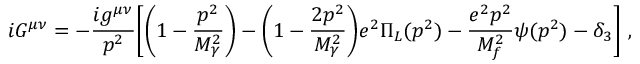
i G ^ { \mu \nu } = - \frac { i g ^ { \mu \nu } } { p ^ { 2 } } \bigg [ \biggl ( 1 - \frac { p ^ { 2 } } { M _ { \gamma } ^ { 2 } } \biggr ) - \biggl ( 1 - \frac { 2 p ^ { 2 } } { M _ { \gamma } ^ { 2 } } \biggr ) e ^ { 2 } \Pi _ { L } ( p ^ { 2 } ) - \frac { e ^ { 2 } p ^ { 2 } } { M _ { f } ^ { 2 } } \psi ( p ^ { 2 } ) - \delta _ { 3 } \biggr ] \ ,